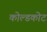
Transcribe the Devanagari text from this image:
कोल्डकोट